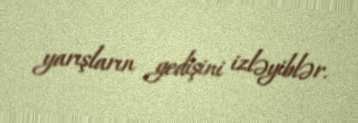
yarışların gedişini izləyiblər.